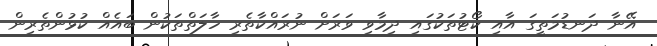
އޭނާ ދަނޑުމަތީގަ އާއި ކޯޓުތަކުގައި ދިމާވި ވަރަށް ނުރައްކާތެރި ހާލަތްތަކުން ބައެއް ކުޅުންތެރިން